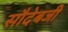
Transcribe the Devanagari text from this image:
सौदेबजी